Scottish Certificate of Education, 1962
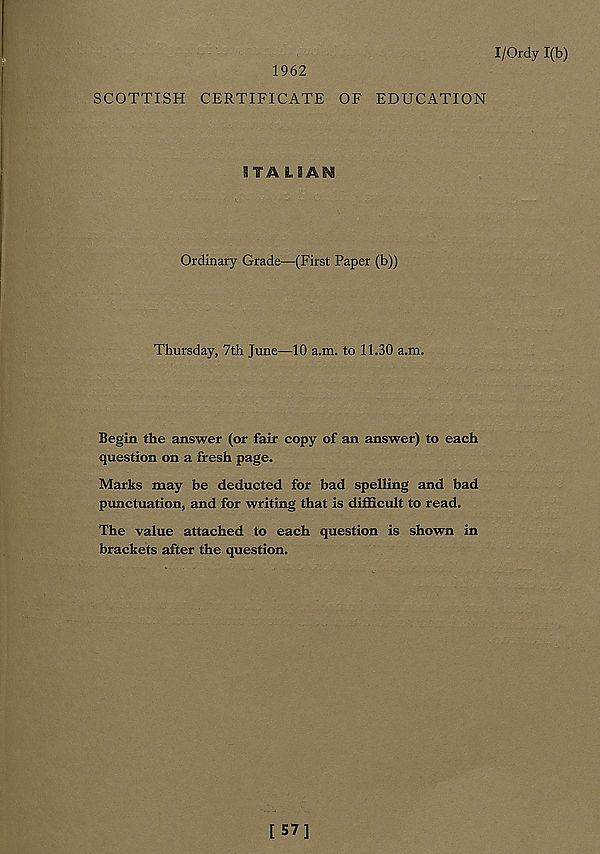
I/Ordy 1(b)
1962
SCOTTISH CERTIFICATE OF EDUCATION
B YA LSAM
Ordinary Grade—(First Paper (b))
Thursday, 7th June—10 a.m. to 11.30 a.m.
Begin the answer (or fair copy of an answer) to each
question on a fresh page.
Marks may be deducted for bad spelling and bad
punctuation, and for writing that is difficult to read.
The value attached to each question is shown in
brackets after the question.
[57]